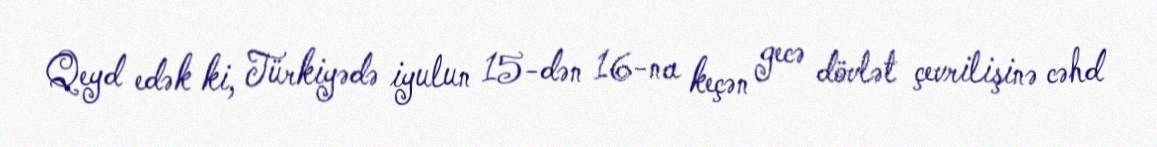
Qeyd edək ki, Türkiyədə iyulun 15-dən 16-na keçən gecə dövlət çevrilişinə cəhd